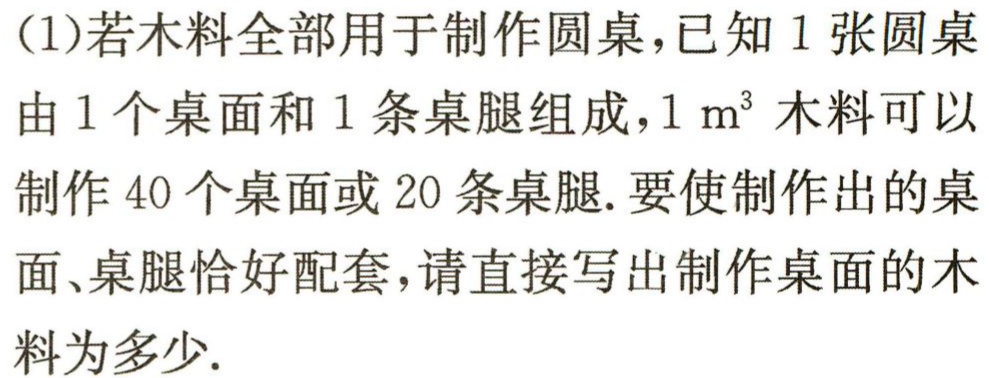
(1)若木料全部用于制作圆桌，已知1张圆桌由1个桌面和1条桌腿组成，$1\ m^{3}$木料可以制作40个桌面或20条桌腿. 要使制作出的桌面、桌腿恰好配套，请直接写出制作桌面的木料为多少.